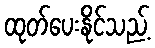
ထုတ်ပေးနိုင်သည့်